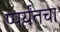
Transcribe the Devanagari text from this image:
प्पर्यंतचा